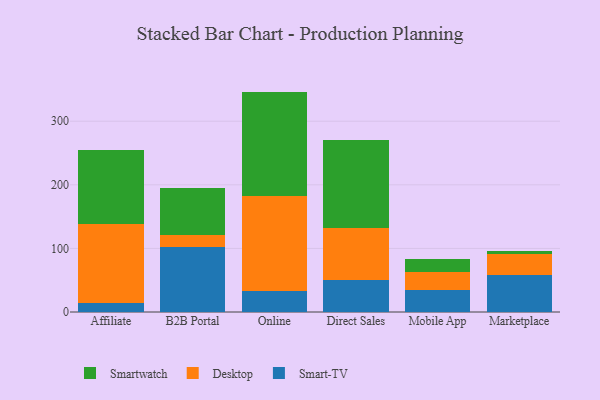
{"axis": {"x": "Channel", "y": "Market Share (%)"}, "legend": ["Desktop", "Smart-TV", "Smartwatch"], "data": [{"x": "Affiliate", "y": 13.9, "type": "Smart-TV"}, {"x": "Affiliate", "y": 123.8, "type": "Desktop"}, {"x": "Affiliate", "y": 117.1, "type": "Smartwatch"}, {"x": "B2B Portal", "y": 101.5, "type": "Smart-TV"}, {"x": "B2B Portal", "y": 18.9, "type": "Desktop"}, {"x": "B2B Portal", "y": 75.0, "type": "Smartwatch"}, {"x": "Online", "y": 33.7, "type": "Smart-TV"}, {"x": "Online", "y": 149.3, "type": "Desktop"}, {"x": "Online", "y": 163.6, "type": "Smartwatch"}, {"x": "Direct Sales", "y": 50.4, "type": "Smart-TV"}, {"x": "Direct Sales", "y": 81.2, "type": "Desktop"}, {"x": "Direct Sales", "y": 139.4, "type": "Smartwatch"}, {"x": "Mobile App", "y": 35.1, "type": "Smart-TV"}, {"x": "Mobile App", "y": 27.1, "type": "Desktop"}, {"x": "Mobile App", "y": 21.0, "type": "Smartwatch"}, {"x": "Marketplace", "y": 58.8, "type": "Smart-TV"}, {"x": "Marketplace", "y": 32.5, "type": "Desktop"}, {"x": "Marketplace", "y": 5.4, "type": "Smartwatch"}]}